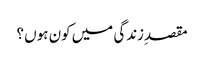
مقصدِزندگی میں کون ہوں ؟